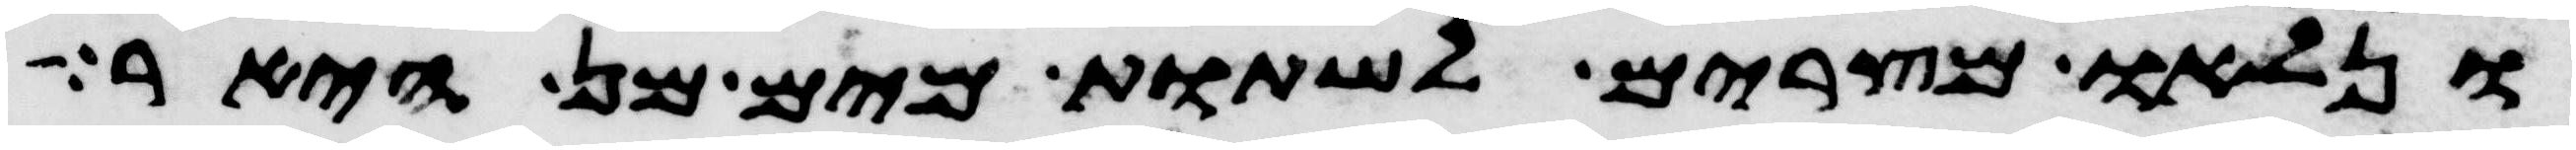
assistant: ונלאו מצרים לשתות מים מן היאר